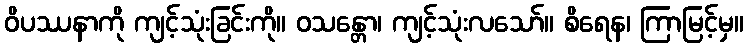
ဝိပဿနာကို ကျင့်သုံးခြင်းကို။ ဝသန္တော၊ ကျင့်သုံးလသော်။ စိရေန၊ ကြာမြင့်မှ။